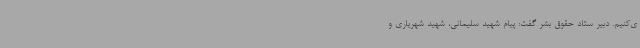
ی‌کنیم. دبیر ستاد حقوق بشر گفت: پیام شهید سلیمانی، شهید شهریاری و